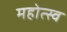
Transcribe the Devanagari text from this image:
महोत्स्व